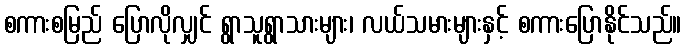
စကားစမြည် ပြောလိုလျှင် ရွာသူရွာသားများ၊ လယ်သမားများနှင့် စကားပြောနိုင်သည်။